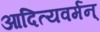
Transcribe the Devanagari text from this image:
आदित्यवर्मन्‌